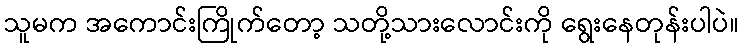
သူမက အကောင်းကြိုက်တော့ သတို့သားလောင်းကို ရွေးနေတုန်းပါပဲ။